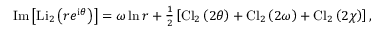
\mathrm { I m } \left[ \mathrm { L i } _ { 2 } \left( r e ^ { { \mathrm { \scriptsize { i } } } \theta } \right) \right] = \omega \ln r + { \textstyle { \frac { 1 } { 2 } } } \left[ \mathrm { C l } _ { 2 } \left( 2 \theta \right) + \mathrm { C l } _ { 2 } \left( 2 \omega \right) + \mathrm { C l } _ { 2 } \left( 2 \chi \right) \right] ,